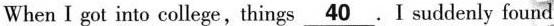
When I got into college, things \underline{40}. I suddenly found